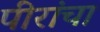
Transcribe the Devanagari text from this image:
पीरांचा